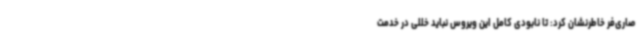
صاری‌فر خاطرنشان کرد: تا نابودی کامل این ویروس نباید خللی در خدمت